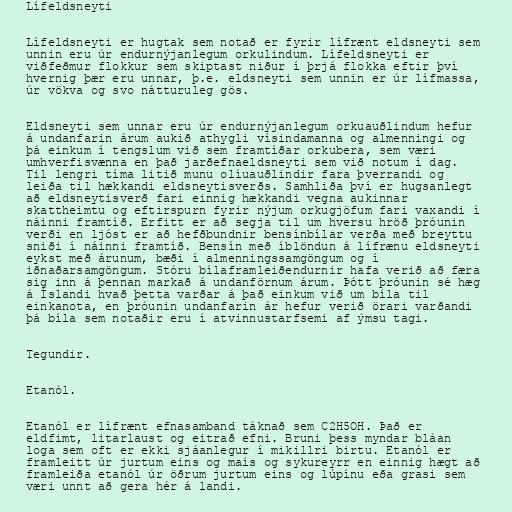
Lífeldsneyti

Lífeldsneyti er hugtak sem notað er fyrir lífrænt eldsneyti sem
unnin eru úr endurnýjanlegum orkulindum. Lífeldsneyti er
viðfeðmur flokkur sem skiptast niður í þrjá flokka eftir því
hvernig þær eru unnar, þ.e. eldsneyti sem unnin er úr lífmassa,
úr vökva og svo nátturuleg gös.

Eldsneyti sem unnar eru úr endurnýjanlegum orkuauðlindum hefur
á undanfarin árum aukið athygli vísindamanna og almenningi og
þá einkum í tengslum við sem framtíðar orkubera, sem væri
umhverfisvænna en það jarðefnaeldsneyti sem við notum í dag.
Til lengri tíma litið munu olíuauðlindir fara þverrandi og
leiða til hækkandi eldsneytisverðs. Samhliða því er hugsanlegt
að eldsneytisverð fari einnig hækkandi vegna aukinnar
skattheimtu og eftirspurn fyrir nýjum orkugjöfum fari vaxandi í
náinni framtíð. Erfitt er að segja til um hversu hröð þróunin
verði en ljóst er að hefðbundnir bensínbílar verða með breyttu
sniði í náinni framtíð. Bensín með íblöndun á lífrænu eldsneyti
eykst með árunum, bæði í almenningssamgöngum og í
iðnaðarsamgöngum. Stóru bílaframleiðendurnir hafa verið að færa
sig inn á þennan markað á undanförnum árum. Þótt þróunin sé hæg
á Íslandi hvað þetta varðar á það einkum við um bíla til
einkanota, en þróunin undanfarin ár hefur verið örari varðandi
þá bíla sem notaðir eru í atvinnustarfsemi af ýmsu tagi.

Tegundir.

Etanól.

Etanól er lífrænt efnasamband táknað sem C2H5OH. Það er
eldfimt, litarlaust og eitrað efni. Bruni þess myndar bláan
loga sem oft er ekki sjáanlegur í mikillri birtu. Etanól er
framleitt úr jurtum eins og maís og sykureyrr en einnig hægt að
framleiða etanól úr öðrum jurtum eins og lúpínu eða grasi sem
væri unnt að gera hér á landi.